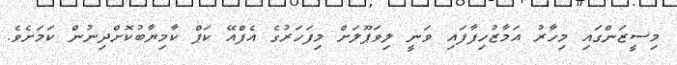
މިސީޒަންގައި މިހާރު އަމާޒުހިފާފައި ވަނީ ލިވަޕޫލަށް މިފަހަރުގެ އެފްއޭ ކަޕް ކާމިޔާބުކޮށްދިނުން ކަމަށެވެ.